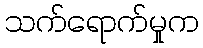
သက်ရောက်မှုက